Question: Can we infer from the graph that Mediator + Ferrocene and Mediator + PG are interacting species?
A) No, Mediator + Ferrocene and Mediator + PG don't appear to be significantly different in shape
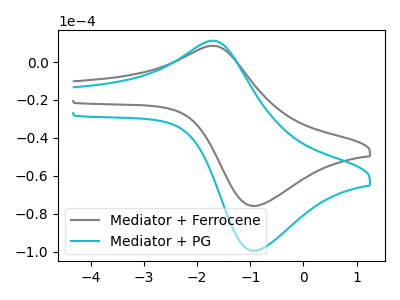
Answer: <think>The gray curve "Mediator + Ferrocene" has an anodic peak at (-1.75V, 8.55uA) and a cathodic peak at (-0.95V, -75.90uA). The cyan curve "Mediator + PG" has an anodic peak at (-1.75V, 11.20uA) and a cathodic peak at (-0.95V, -99.50uA).
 All the peaks in "Mediator + Ferrocene" have a peak in "Mediator + PG" at the same potential. Every peak in "Mediator + Ferrocene" is lower than every peak in "Mediator + PG".</think>
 <answer>A) No, "Mediator + Ferrocene" and "Mediator + PG" don't appear to be significantly different in shape</answer>
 <eval>A</eval>